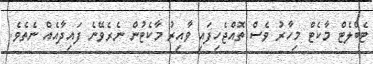
ޓެބްލެޓް މާކެޓް މިހާރު ވެސް ތޮއްޖެހިފައި ވާއިރު މާކެޓުން ނެރެވޭނެ ފައިދާއެއް ނެތެވެ.